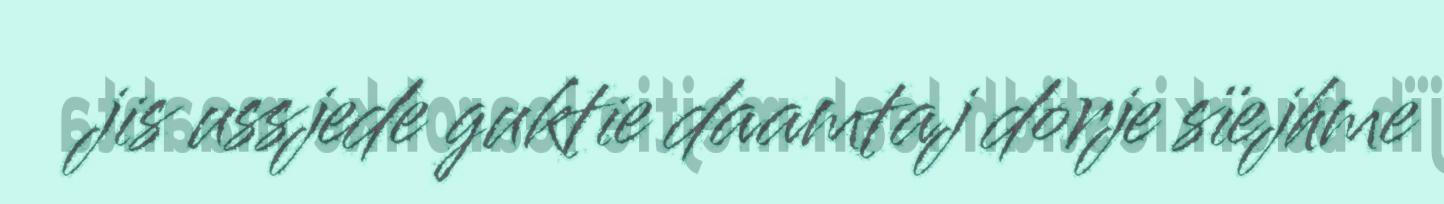
jis ussjede guktie daamtaj dorje sïejhme